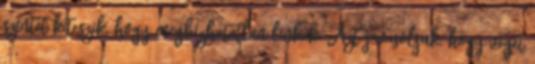
szintet kiteszik, hogy megbízhatatlan linkek. Azt javasoljuk, hogy véget